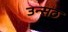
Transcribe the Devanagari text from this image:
उन्सठ